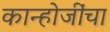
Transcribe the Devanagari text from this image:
कान्होजींचा